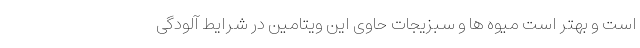
است و بهتر است میوه ها و سبزیجات حاوی این ویتامین در شرایط آلودگی